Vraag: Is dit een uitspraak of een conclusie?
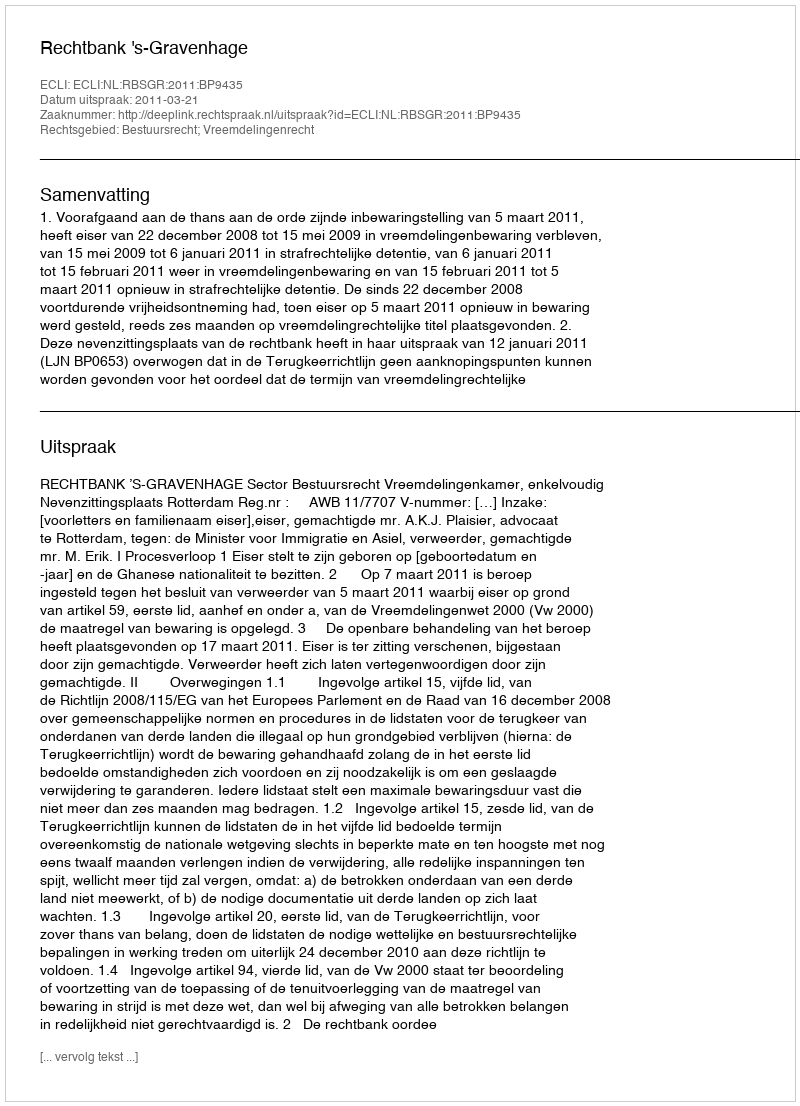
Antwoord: Uitspraak